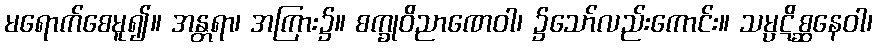
မရောက်စေမူ၍။ အန္တရာ၊ အကြား၌။ စက္ခုဝိညာဏေဝါ၊ ၌သော်လည်းကောင်း။ သမ္ပဋိစ္ဆနေဝါ၊